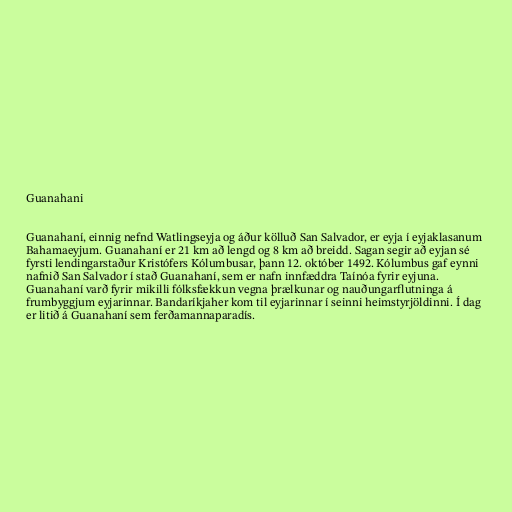
Guanahani

Guanahaní, einnig nefnd Watlingseyja og áður kölluð San Salvador, er eyja í eyjaklasanum
Bahamaeyjum. Guanahaní er 21 km að lengd og 8 km að breidd. Sagan segir að eyjan sé
fyrsti lendingarstaður Kristófers Kólumbusar, þann 12. október 1492. Kólumbus gaf eynni
nafnið San Salvador í stað Guanahaní, sem er nafn innfæddra Taínóa fyrir eyjuna.
Guanahaní varð fyrir mikilli fólksfækkun vegna þrælkunar og nauðungarflutninga á
frumbyggjum eyjarinnar. Bandaríkjaher kom til eyjarinnar í seinni heimstyrjöldinni. Í dag
er litið á Guanahaní sem ferðamannaparadís.